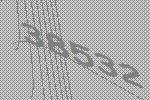
38532